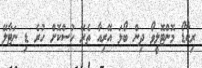
ރިކާޑޯ މޮންޓޮލީވޯ ދިން ބޯޅަ އޭރިއާ ތެރޭ ހުސްކޮށް ހުރެ ޑި ނަޓާލޭ